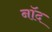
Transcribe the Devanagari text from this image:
नॉद